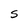
Character: S